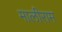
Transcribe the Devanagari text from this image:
मालीराम